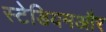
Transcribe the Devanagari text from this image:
स्टेडियमऔर